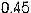
0.45